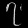
Digit: ၇